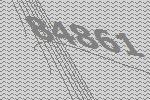
84861